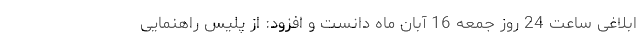
ابلاغی ساعت 24 روز جمعه 16 آبان ماه دانست و افزود: از پلیس راهنمایی